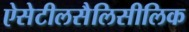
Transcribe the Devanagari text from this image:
ऐसेटीलसैलिसीलिक